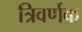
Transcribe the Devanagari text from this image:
त्रिवर्णक